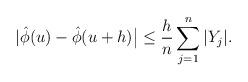
LaTeX: \begin{align*} |\hat{\phi} (u) - \hat{\phi}(u+h) \big| \leq \frac{h}{n} \sum_{j=1}^{n} |Y_j|. \end{align*}